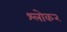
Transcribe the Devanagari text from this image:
श्लोक२